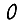
Digit: 0